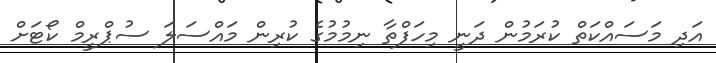
އަދި މަސައްކަތް ކުރަމުން ދަނީ މިހަފްތާ ނިމުމުގެ ކުރިން މައްސަލަ ސުޕްރީމް ކޯޓަށް